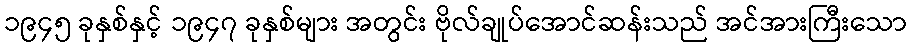
၁၉၄၅ ခုနှစ်နှင့် ၁၉၄၇ ခုနှစ်များ အတွင်း ဗိုလ်ချုပ်အောင်ဆန်းသည် အင်အားကြီးသော